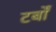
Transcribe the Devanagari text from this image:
टर्बों